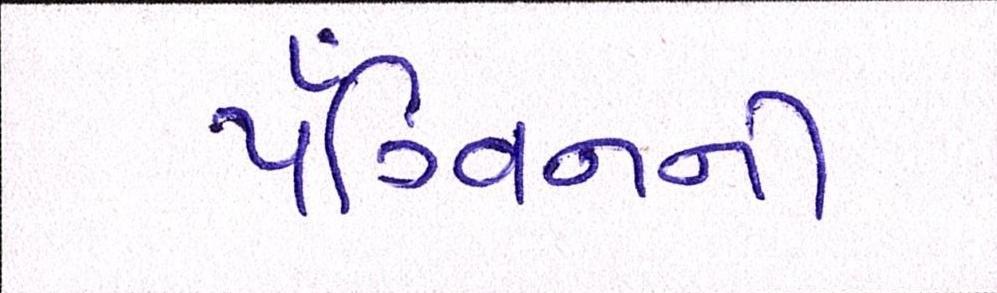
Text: પૅંગ્વિનની